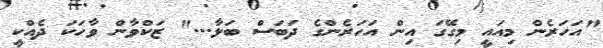
"އަހަރެން މިއައީ މިގޭގަ އިން އަހަރެންގެ ދަބަސް ބަލާ..." ޒަކްވާން ވާހަކަ ދެއްކީ